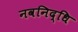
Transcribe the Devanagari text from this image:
नवनिद्धि